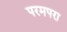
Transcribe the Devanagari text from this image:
परमपरा